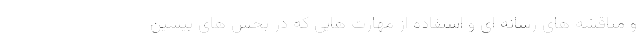
و مناقشه های رسانه ای و استفاده از مهارت هایی که در بخش های پیشین